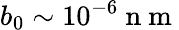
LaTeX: b_{0}\sim 10^{-6}\mathrm{~n~m~}